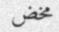
مخض